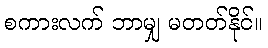
စကားလက် ဘာမျှ မတတ်နိုင်။